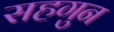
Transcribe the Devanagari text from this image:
सहगुन